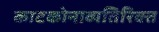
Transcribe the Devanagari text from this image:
काटकोनाव्यतिरिक्त